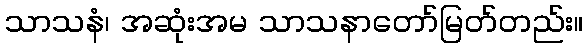
သာသနံ၊ အဆုံးအမ သာသနာတော်မြတ်တည်း။